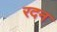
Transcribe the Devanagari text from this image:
रदन